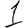
Digit: 1